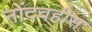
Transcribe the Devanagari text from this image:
नोंदवहीस